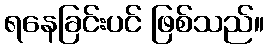
ရနေခြင်းပင် ဖြစ်သည်။